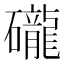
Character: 礲